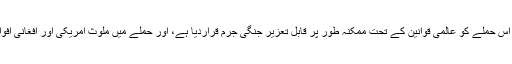
بعض افراد اور اداروں، بشمول ایم ایس ایف نے اس حملے کو عالمی قوانین کے تحت ممکنہ طور پر قابلِ تعزیر جنگی جرم قراردیا ہے، اور حملے میں ملوث امریکی اور افغانی افواج کے خلاف تادیبی کاروائی کا مطالبہ کیا ہے۔